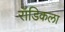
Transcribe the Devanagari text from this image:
रॉडिकला